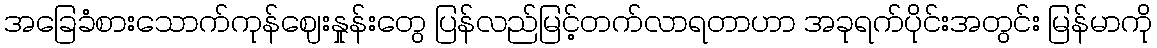
အခြေခံစားသောက်ကုန်ဈေးနှုန်းတွေ ပြန်လည်မြင့်တက်လာရတာဟာ အခုရက်ပိုင်းအတွင်း မြန်မာကို